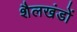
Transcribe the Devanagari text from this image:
शैलखंडों